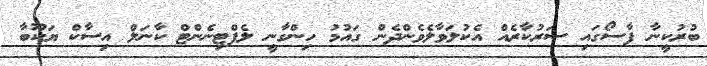
ބުރުކީނާ ފާސޯގައި ސަރުކާރެއް އެކުލަވާލެވެންދެން ގައުމު ހިންގާނީ ލެފްޓިނެންޓް ކާނަލް އިސާކް ޔަކޫބާ